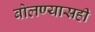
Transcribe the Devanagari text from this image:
बोलण्यासही